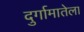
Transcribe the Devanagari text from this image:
दुर्गामातेला